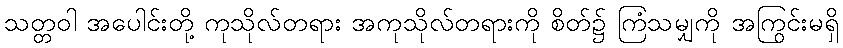
သတ္တဝါ အပေါင်းတို့ ကုသိုလ်တရား အကုသိုလ်တရားကို စိတ်၌ ကြံသမျှကို အကြွင်းမရှိ